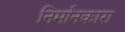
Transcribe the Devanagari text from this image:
निर्मानकारा